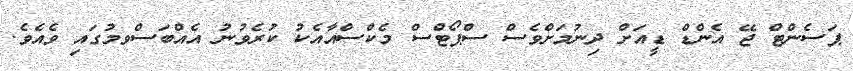
ޕަސެންޓް ޖޭ އެންޑް ޑީއަށް ދިނުމަށްވެސް ސްޕޯޓްސް މެކްސްއާއެކު ކުރެވުނު އެއްބަސްވމުގައި ވެއެވެ.